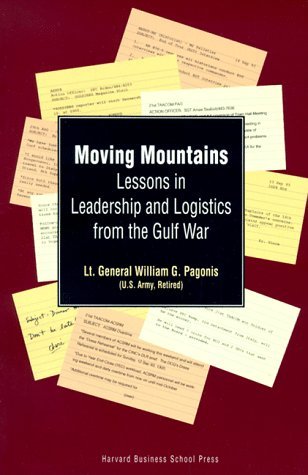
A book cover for Moving Mountains: Lessons in Leadership and Logistics from the Gulf War; Jeffrey L. Cruikshank William G. Pagonis; History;